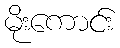
မိုးကောင်း